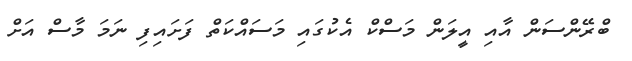
ބްރޭންސަން އާއި އީލަން މަސްކް އެކުގައި މަސައްކަތް ފަށައިފި ނަމަ މާސް އަށް